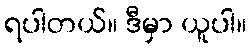
ရပါတယ်။ ဒီမှာ ယူပါ။